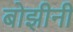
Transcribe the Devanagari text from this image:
बोझीनी